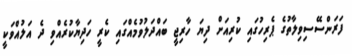
ފަރަންސޭސިވިލާތުގެ ޕެރިހުގައި ކުރިއަށް ދިޔަ ހާރިޖީ ބައްދަލުވުމެއްގައި ކެރީ ހަދިޔާކުރެއްވި ދެ އަލުއްވަކީ